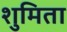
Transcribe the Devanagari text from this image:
शुमिता